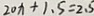
1 2 0 x + 1 . 5 = 2 . 5